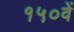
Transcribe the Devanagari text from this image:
१५०वें